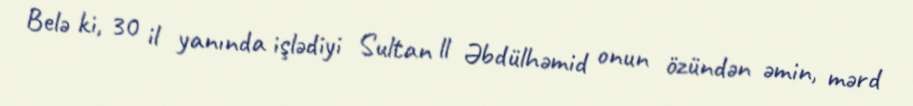
Belə ki, 30 il yanında işlədiyi Sultan ll Əbdülhəmid onun özündən əmin, mərd